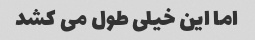
اما این خیلی طول می کشد